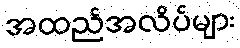
အထည်အလိပ်များ